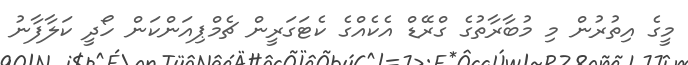
މީގެ އިތުރުން މި މުބާރާތުގެ ގްރޭޑް އެކެއްގެ ކެޓަގަރީން ޗެމްޕިއަންކަން ހޯދީ ކަލާފާނު